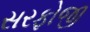
સરફોજી